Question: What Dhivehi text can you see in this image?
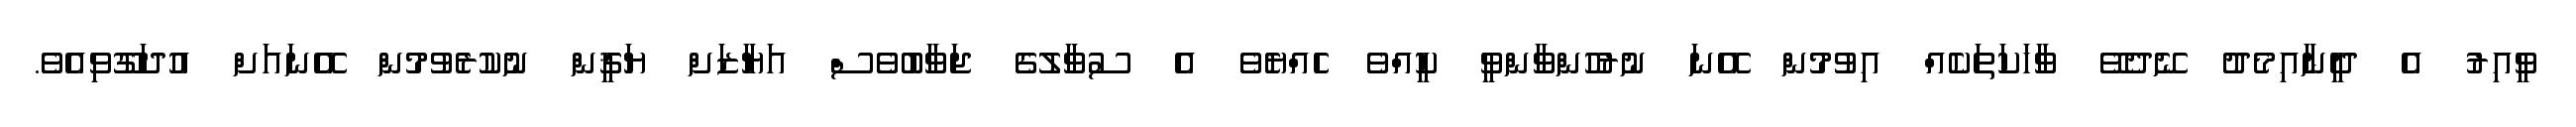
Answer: ވީއިރު އެ ދީނާއިމެދު ނޭދެވޭ ވާހަކަތަކެއް އިވުމުން އޭނަ ނުރުހުންވާންވީ ކީއްވެ ހެއްޔެވެ އެ ސުވާލުގެ ޖަވާބުވެސް އަޔާޒަށް ޔަޤީން ނުކުރެވުމުން އޭނައަށް އުދަގޫވިއެވެ.